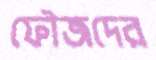
ফৌজদের